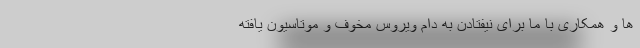
ها و همکاری با ما برای نیفتادن به دام ویروس مخوف و موتاسیون یافته